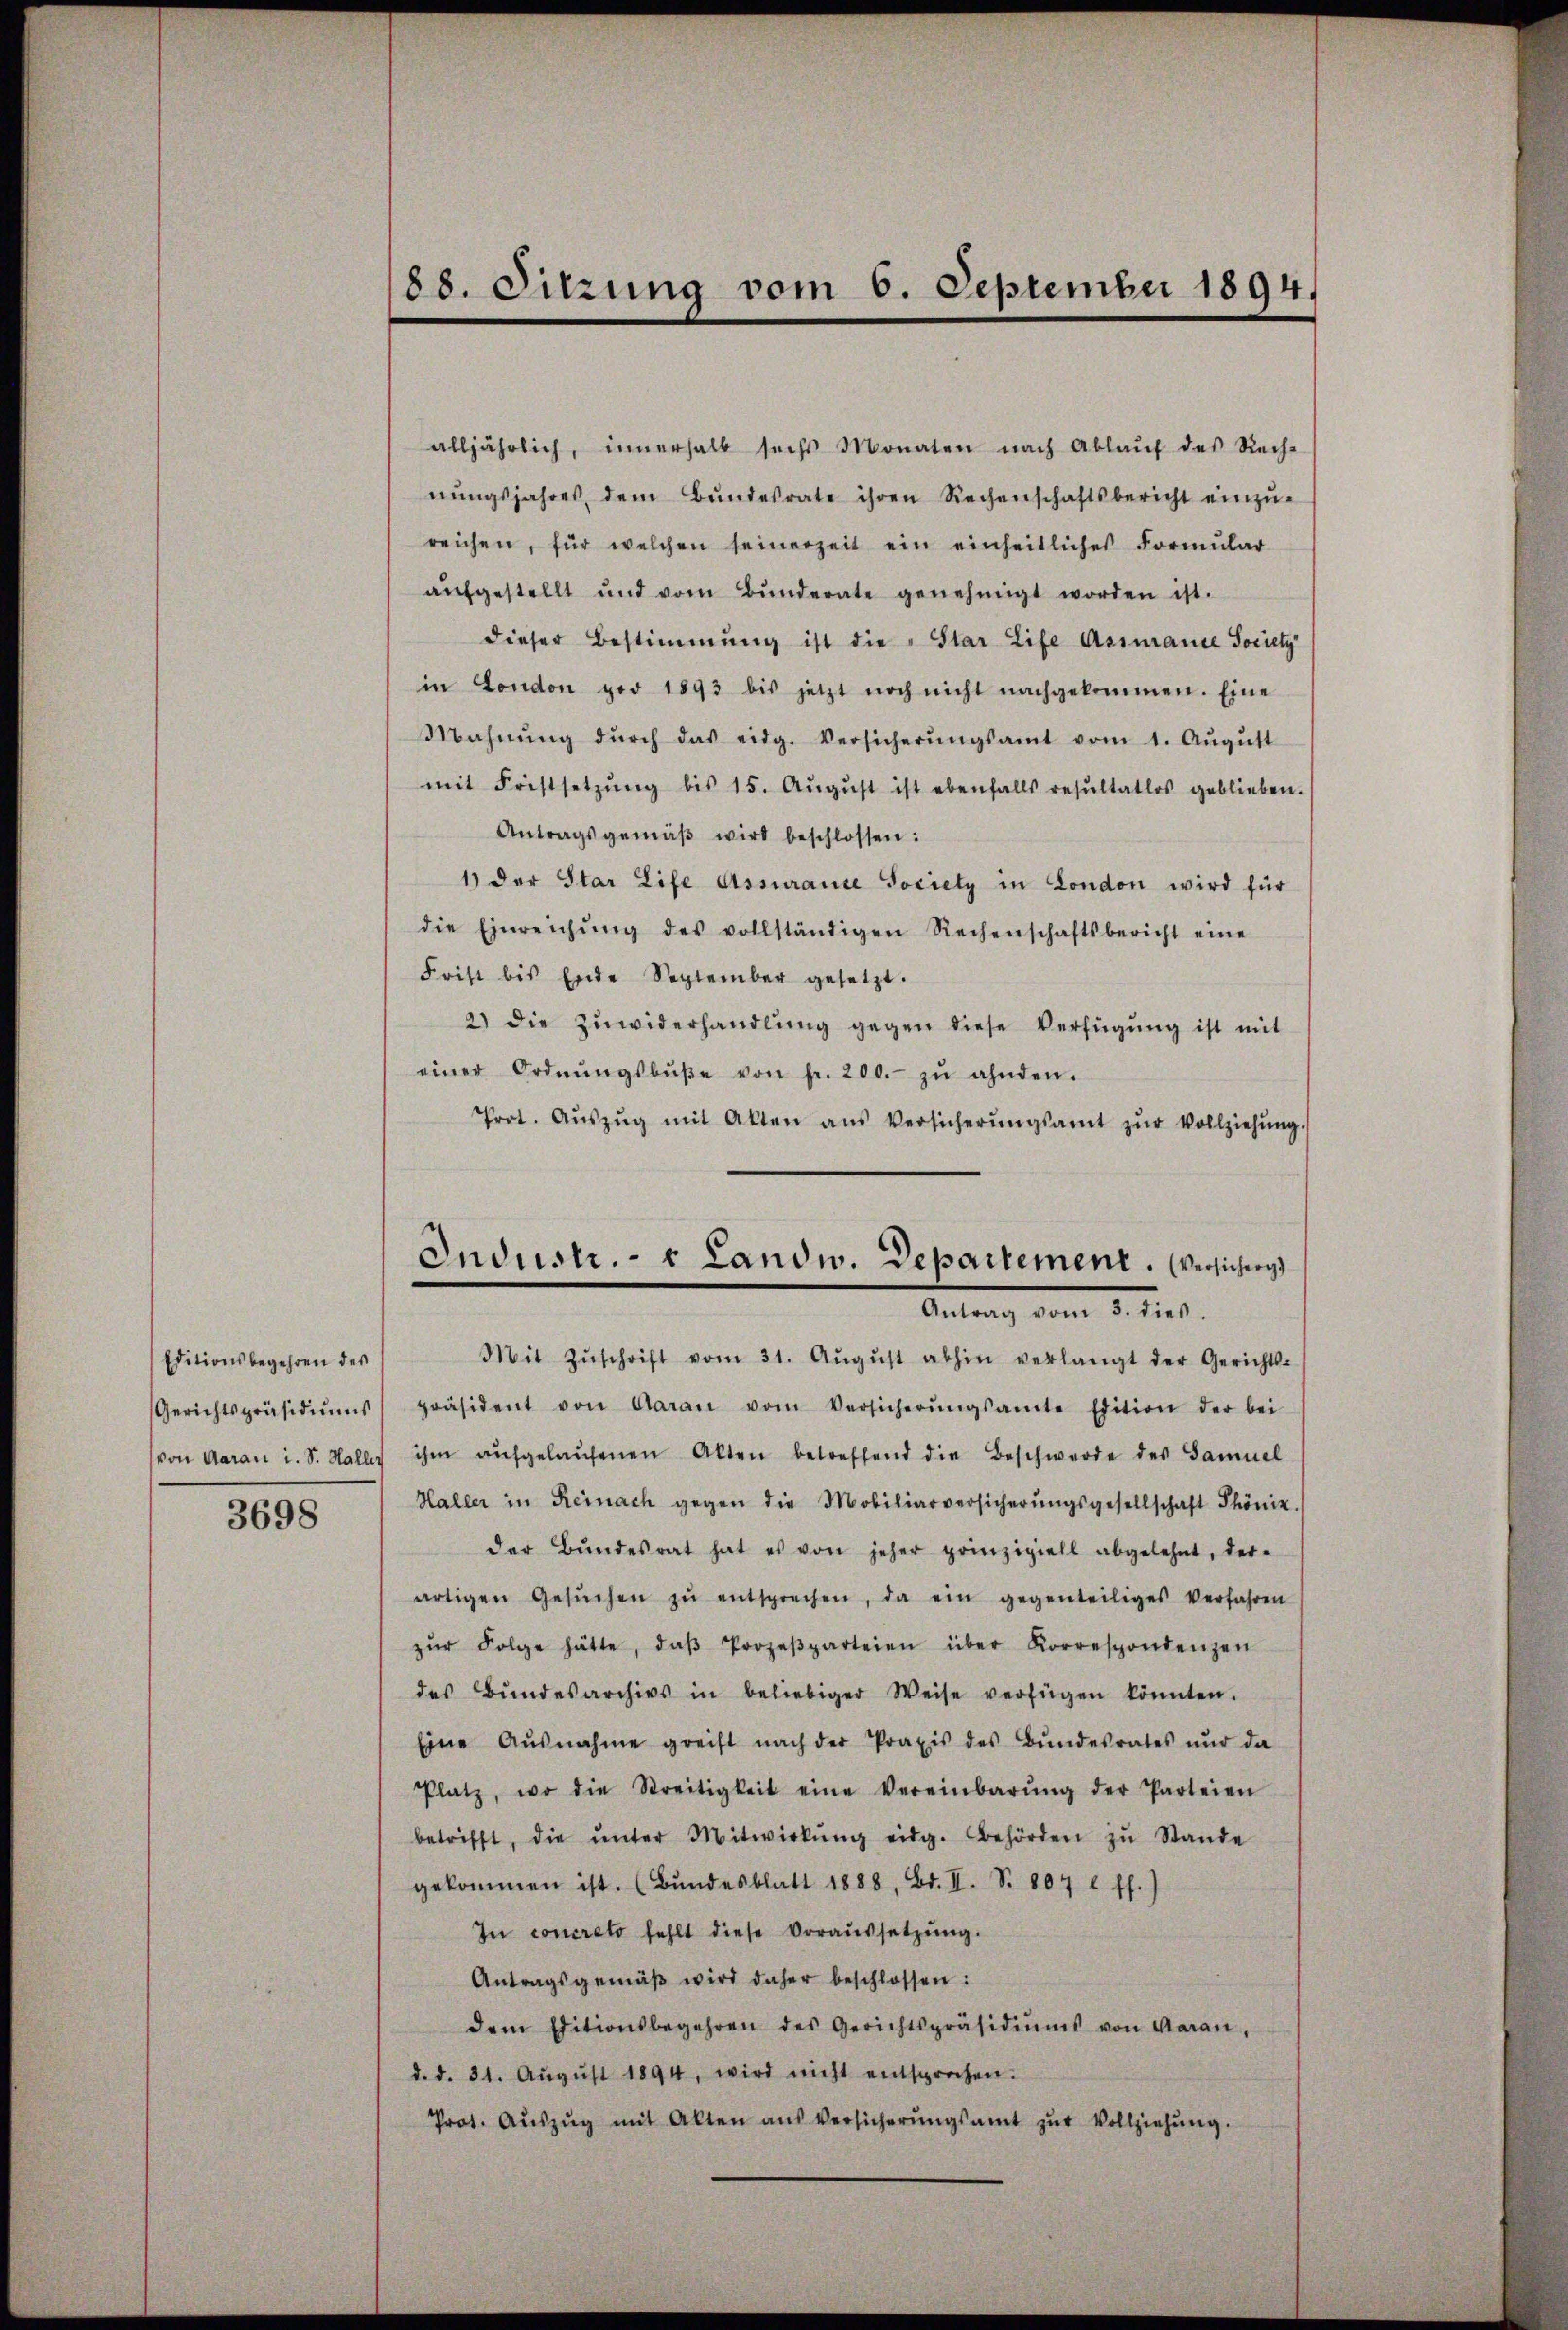
Editionsbegehren des

3698

alljährlich, innerhalb sechs Monaten nach Ablaŭf des Rech-
nŭngsjahres dem Bŭndesrate ihren Rechenschaftsbericht einzŭ-
reichen, für welchen seinerzeit ein einheitliches Formŭlar
aŭfgestellt und vom Bŭnderate genehmigt worden ist.
dieser Bestimmung ist die „Star Life Assurance Society
in London pro 1893 bis jetzt noch nicht nachgekommen. Eine
Mahnŭng dŭrch das eidg. Versicherŭngsamt vom 1. Aŭgŭst
mit Fristsetzŭng bis 15. Aŭgŭst ist ebenfalls resŭltatlos geblieben.
Antragsgemäβ wird beschlossen:
1) der Star Life Assurance Society in London wird für
die Einreichŭng des vollständigen Rechenschaftsbericht eine
Frist bis Ende September gesetzt.
2) die Zŭwiderhandlŭng gegen diese Verfügŭng ist mit
einer Ordnŭngsbŭβe von fr. 200. zŭ ahnten.
Prot. Aŭszŭg mit Akten aus Versicherŭngsamt zŭr Vollziehŭng.
Mit Zŭschrift vom 31. Aŭgŭst abhin verlangt der Gerichts-
Gerichtspräsidiŭms präsident von Garan vom Versicherŭngsamte Edition der bei
von Garan i. S. Haller ihm aŭfgelaŭfenen Alten betreffend die Beschwerde des Samuel
Haller in Reinach gegen die Mobiliarversicherŭngsgesellschaft Phöniz
der Bŭndesrat hat es von jeher prinzipiell abgelehnt, der-
artigen Gesŭchen zŭ entsprechen, da ein gegenteiliges Verfahren
zŭr Folge hätte, daβ Prozeβparteien über Korrespondenzen
des Bŭndesarchivs in beliebiger Weise verfügen könnten.
Eine Ausnahme greift nach der Praxis des Bŭndesrates nŭr da
Platz, wo die Streitigkeit eine Vereinbarŭng der Parteien
betrifft, die ŭnter Mitwirkŭng eidg. Behörden zŭ Stande
gekommen ist. (Bŭndesblatt 1888, Bd. II. S. 807 l. ff.
In concreto fehlt diese Voraŭssetzŭng.
Antragsgemäβ wird daher beschlossen:
dem Editionsbegehren des Gerichtspräsidiŭms von Garan,
d.d. 31. Aŭgŭst 1894, wird nicht entsprochen.
Prot. Aŭszŭg mit Alten aŭs Versicherŭngsamt zŭr Vollziehŭng.

88. Sitzung vom 6. September 1894/

Industr. v. Landw. Departement. Versicheng
Antrag vom 2. d. 1.